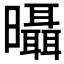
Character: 𣌍